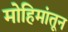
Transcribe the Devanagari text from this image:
मोहिमांतून